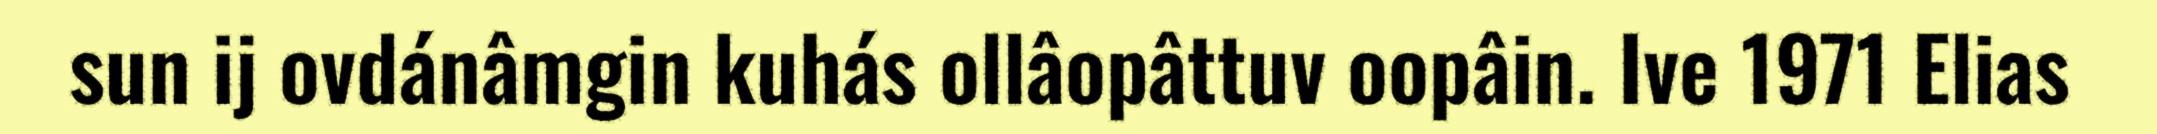
sun ij ovdánâmgin kuhás ollâopâttuv oopâin. Ive 1971 Elias